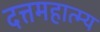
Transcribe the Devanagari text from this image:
दत्तमहात्म्य